Indian journal of veterinary science and animal husbandry - Volume 5,
Year: 1935
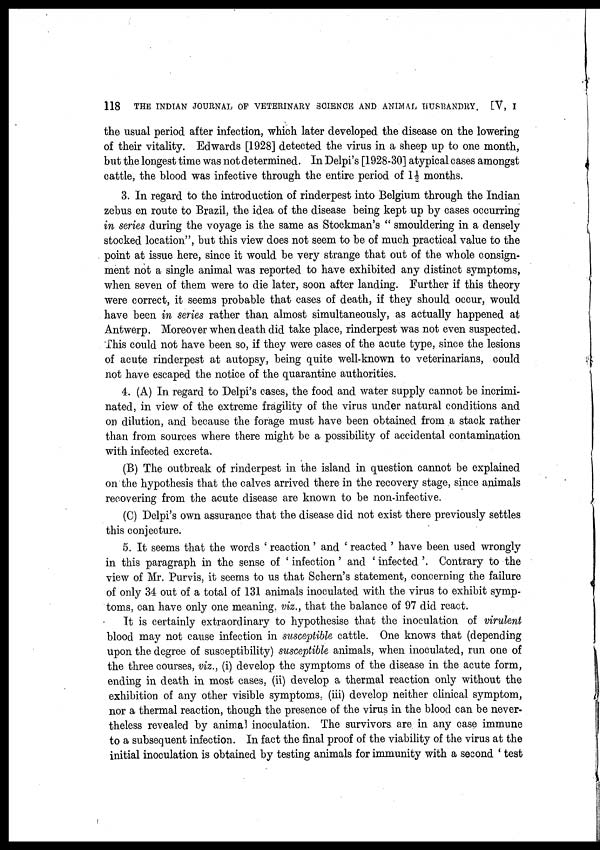
118
THE INDIAN JOURNAL OF VETERINARY SCIENCE AND ANIMAL HUSBANDRY. [V, I
the usual period after infection, which later developed the disease on the lowering
of their vitality. Edwards [1928] detected the virus in a sheep up to one month,
but the longest time was not determined. In Delpi's [1928-30] atypical cases amongst
cattle, the blood was infective through the entire period of 1½ months.
3. In regard to the introduction of rinderpest into Belgium through the Indian
zebus en route to Brazil, the idea of the disease being kept up by cases occurring
in series during the voyage is the same as Stockman's " smouldering in a densely
stocked location", but this view does not seem to be of much practical value to the
point at issue here, since it would be very strange that out of the whole consign-
ment not a single animal was reported to have exhibited any distinct symptoms,
when seven of them were to die later, soon after landing. Further if this theory
were correct, it seems probable that cases of death, if they should occur, would
have been in series rather than almost simultaneously, as actually happened at
Antwerp. Moreover when death did take place, rinderpest was not even suspected.
This could not have been so, if they were cases of the acute type, since the lesions
of acute rinderpest at autopsy, being quite well-known to veterinarians, could
not have escaped the notice of the quarantine authorities.
4. (A) In regard to Delpi's cases, the food and water supply cannot be incrimi-
nated, in view of the extreme fragility of the virus under natural conditions and
on dilution, and because the forage must have been obtained from a stack rather
than from sources where there might be a possibility of accidental contamination
with infected excreta.
(B) The outbreak of rinderpest in the island in question cannot be explained
on the hypothesis that the calves arrived there in the recovery stage, since animals
recovering from the acute disease are known to be non-infective.
(C) Delpi's own assurance that the disease did not exist there previously settles
this conjecture.
5. It seems that the words ' reaction' and ' reacted ' have been used wrongly
in this paragraph in the sense of ' infection ' and ' infected '. Contrary to the
view of Mr. Purvis, it seems to us that Schern's statement, concerning the failure
of only 34 out of a total of 131 animals inoculated with the virus to exhibit symp-
toms, can have only one meaning, viz., that the balance of 97 did react.
It is certainly extraordinary to hypothesise that the inoculation of virulent
blood may not cause infection in susceptible cattle. One knows that (depending
upon the degree of susceptibility) susceptible animals, when inoculated, run one of
the three courses, viz., (i) develop the symptoms of the disease in the acute form,
ending in death in most cases, (ii) develop a thermal reaction only without the
exhibition of any other visible symptoms, (iii) develop neither clinical symptom,
nor a thermal reaction, though the presence of the virus in the blood can be never-
theless revealed by animal inoculation. The survivors are in any case immune
to a subsequent infection. In fact the final proof of the viability of the virus at the
initial inoculation is obtained by testing animals for immunity with a second ' test